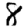
Digit: 8